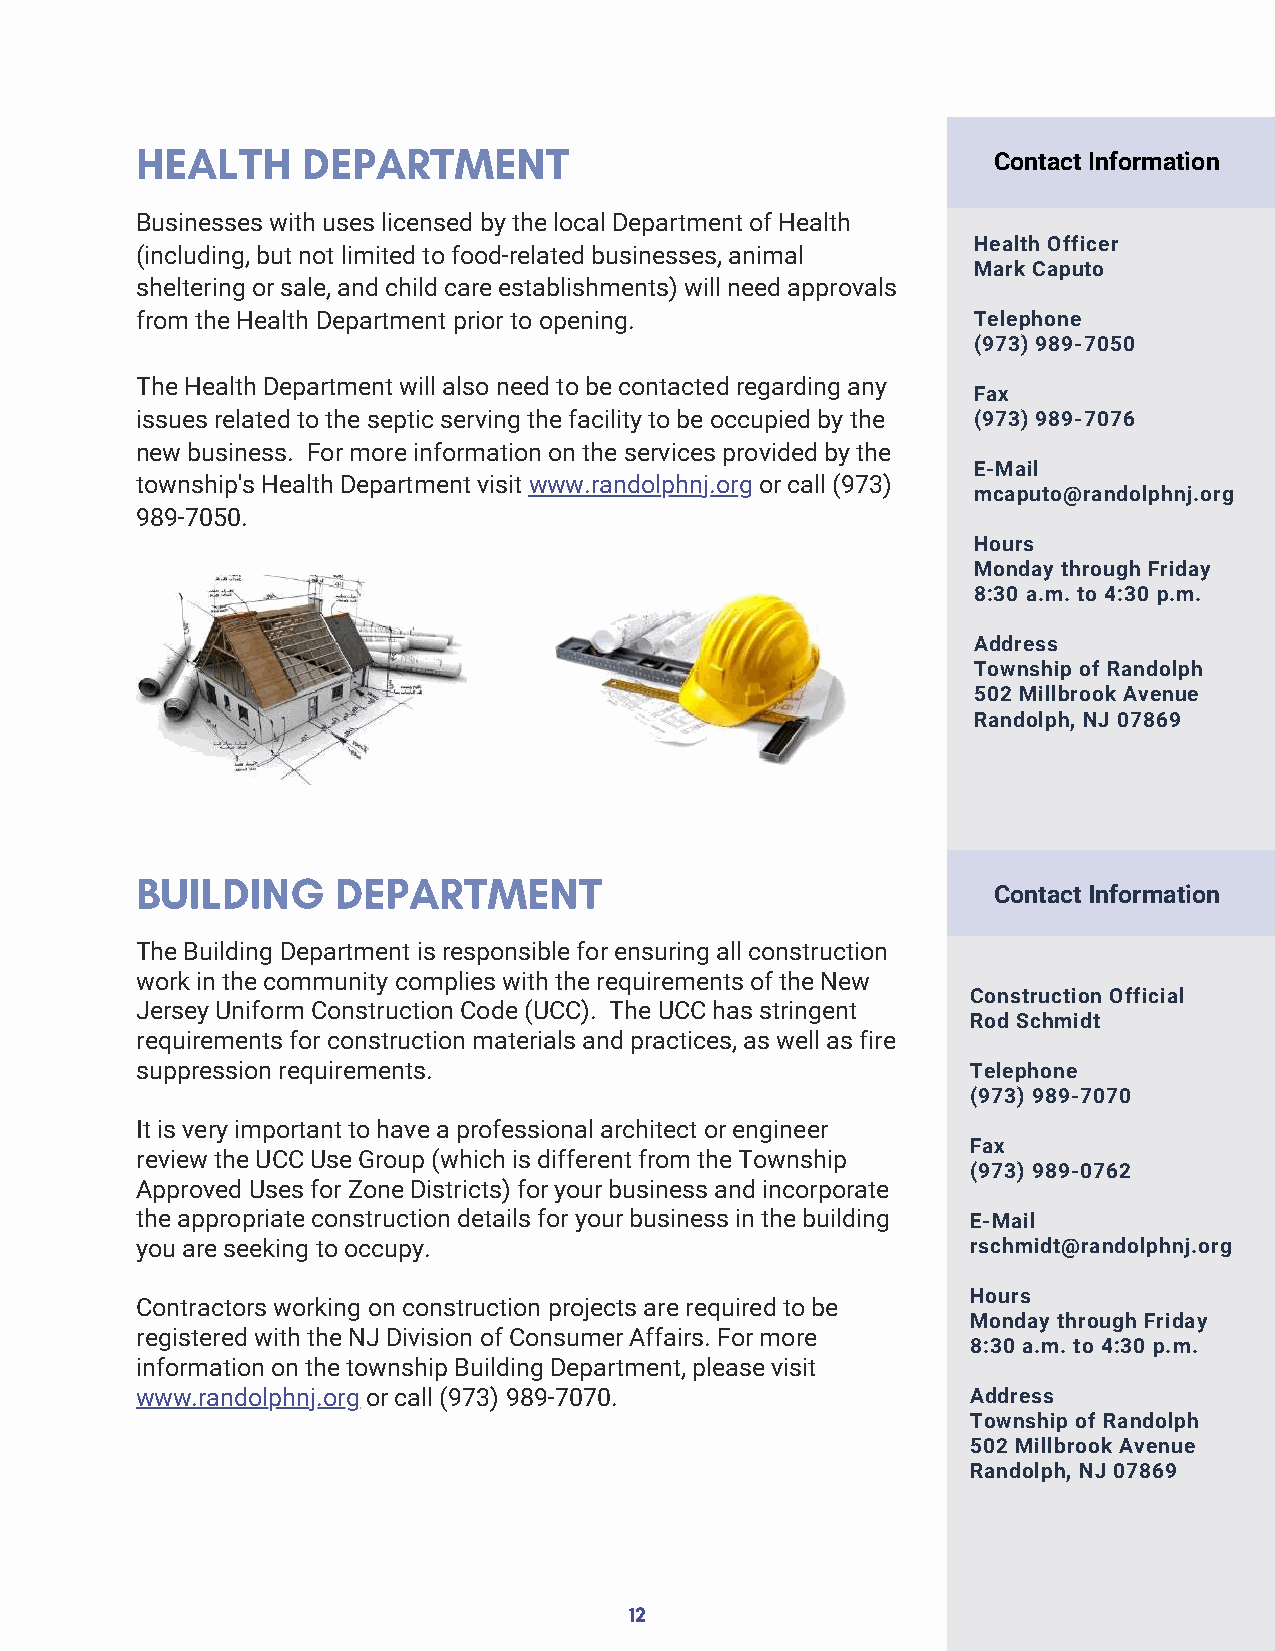
HEALTH     DEPARTMENT
 Contact Information
 Businesses with uses licensed by the local Department of Health
 Health Officer
 (including, but not limited to food-related businesses, animal
 Mark Caputo
 sheltering or sale, and child care establishments) will need approvals
 from the Health Department prior to opening.           Telephone
 (973) 989-7050
 The Health Department will also need to be contacted regarding any
 Fax
 issues related to the septic serving the facility to be occupied by the (973) 989-7076
 new business. For more information on the services provided by the
 E-Mail
 township's Health Department visit www.randolphnj.org or call (973)
 mcaputo@randolphnj.org
 989-7050.
 Hours
 Monday through Friday
 8:30 a.m. to 4:30 p.m.
 Address
 Township of Randolph
 502 Millbrook Avenue
 Randolph, NJ 07869
 BUILDING     DEPARTMENT
 Contact Information
 The Building Department is responsible for ensuring all construction
 work in the community complies with the requirements of the New
 Construction Official
 Jersey Uniform Construction Code (UCC). The UCC has stringent
 Rod Schmidt
 requirements for construction materials and practices, as well as fire
 suppression requirements.                              Telephone
 (973) 989-7070
 It is very important to have a professional architect or engineer
 Fax
 review the UCC Use Group (which is different from the Township
 (973) 989-0762
 Approved Uses for Zone Districts) for your business and incorporate
 the appropriate construction details for your business in the building E-Mail
 you are seeking to occupy.                             rschmidt@randolphnj.org
 Hours
 Contractors working on construction projects are required to be
 Monday through Friday
 registered with the NJ Division of Consumer Affairs. For more
 8:30 a.m. to 4:30 p.m.
 information on the township Building Department, please visit
 www.randolphnj.org or call (973) 989-7070.             Address
 Township of Randolph
 502 Millbrook Avenue
 Randolph, NJ 07869
 12